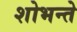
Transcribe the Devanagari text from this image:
शोभन्ते